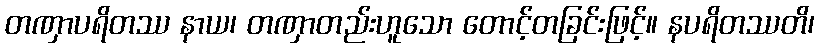
တဏှာပရိတဿ နာယ၊ တဏှာတည်းဟူသော တောင့်တခြင်းဖြင့်။ နပရိတဿတိ၊